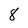
Character: 8